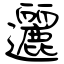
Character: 邐